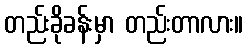
တည်းခိုခန်းမှာ တည်းတာလား။